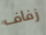
زفاف